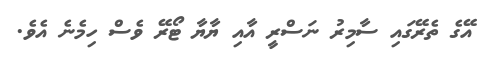
އޭގެ ތެރޭގައި ސާމިރު ނަސްރީ އާއި ޔާޔާ ޓޯރޭ ވެސް ހިމެނެ އެވެ.